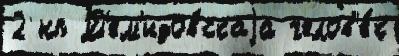
2 нп Д'ем'идовскаjа челов'е́к